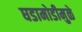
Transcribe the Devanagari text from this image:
घडामोडीमुळे